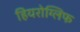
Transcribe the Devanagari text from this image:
हियरोग्लिफ